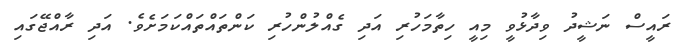
ރައީސް ނަޝީދު ވިދާޅުވީ މިއީ ހިތާމަހުރި އަދި ގެއްލުންހުރި ކަންތައްތައްކަމަށެވެ. އަދި ރާއްޖޭގައި